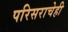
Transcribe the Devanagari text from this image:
परिसराचेही